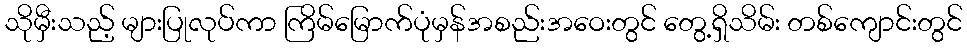
သိုမှီးသည့် များပြုလုပ်ကာ ကြိမ်မြောက်ပုံမှန်အစည်းအဝေးတွင် တွေ့ရှိသိမ်း တစ်ကျောင်းတွင်